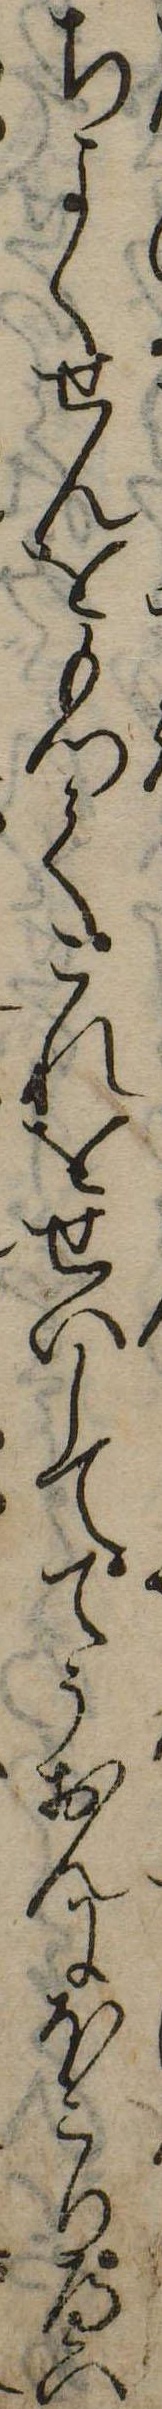
ちよくせんをもつてこれをせいしててうおんにほこりへい